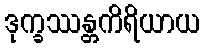
ဒုက္ခဿန္တကိရိယာယ